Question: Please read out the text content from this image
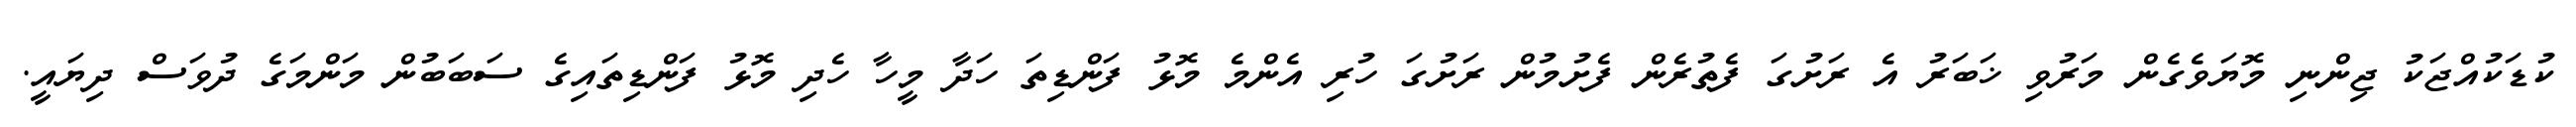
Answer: ކުޑަކުއްޖަކު ޖިންނި މޮޔަވެގެން މަރުވި ޚަބަރު އެ ރަށުގަ ފެތުރެން ފެށުމުން ރަށުގަ ހުރި އެންމެ މޮޅު ފަންޑިތަ ހަދާ މީހާ ހެދި މޮޅު ފަންޑިތައިގެ ސަބަބުން މަންމަގެ ދުވަސް ދިޔައީ.